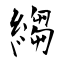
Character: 縐